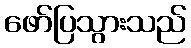
ဖော်ပြသွားသည်